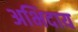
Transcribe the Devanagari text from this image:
अभिदाय